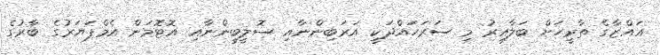
ޣައްޒާގެ ތާރީހަށް ބަލާއިރު މި ސަރަހައްދަކީ އަރަބިންނާއި ސޮލީބީންނާއި އޮޓޮމަން އެމްޕަޔަރުގެ ބާރުގެ